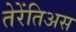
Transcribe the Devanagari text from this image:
तेरेंतिअस